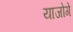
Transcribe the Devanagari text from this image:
याजोगे